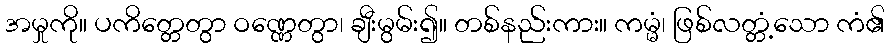
အမှုကို။ ပကိတ္တေတွာ ဝဏ္ဏေတွာ၊ ချီးမွမ်း၍။ တစ်နည်းကား။ ကမ္မံ၊ ဖြစ်လတ္တံ့သော ကံ၏